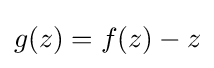
\displaystyle g(z)=f(z)-z